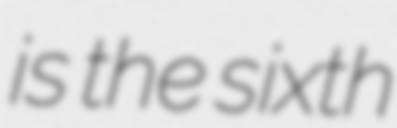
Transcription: is the sixth